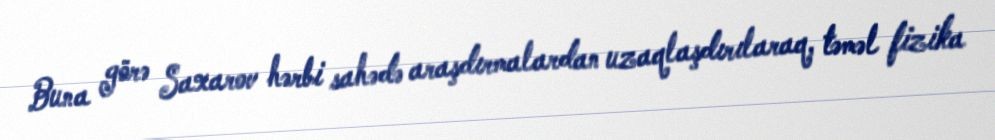
Buna görə Saxarov hərbi sahədə araşdırmalardan uzaqlaşdırılaraq, təməl fizika